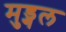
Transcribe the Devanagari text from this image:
मुड्गल